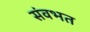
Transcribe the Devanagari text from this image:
संवभत